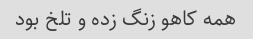
همه کاهو زنگ زده و تلخ بود